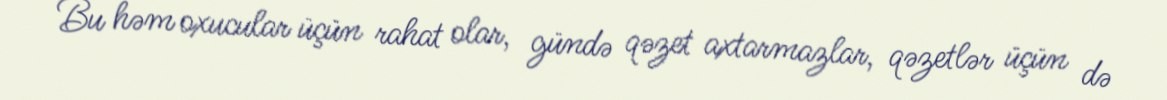
Bu həm oxucular üçün rahat olar, gündə qəzet axtarmazlar, qəzetlər üçün də